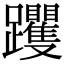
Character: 躩